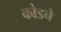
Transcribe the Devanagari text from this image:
कोडचे